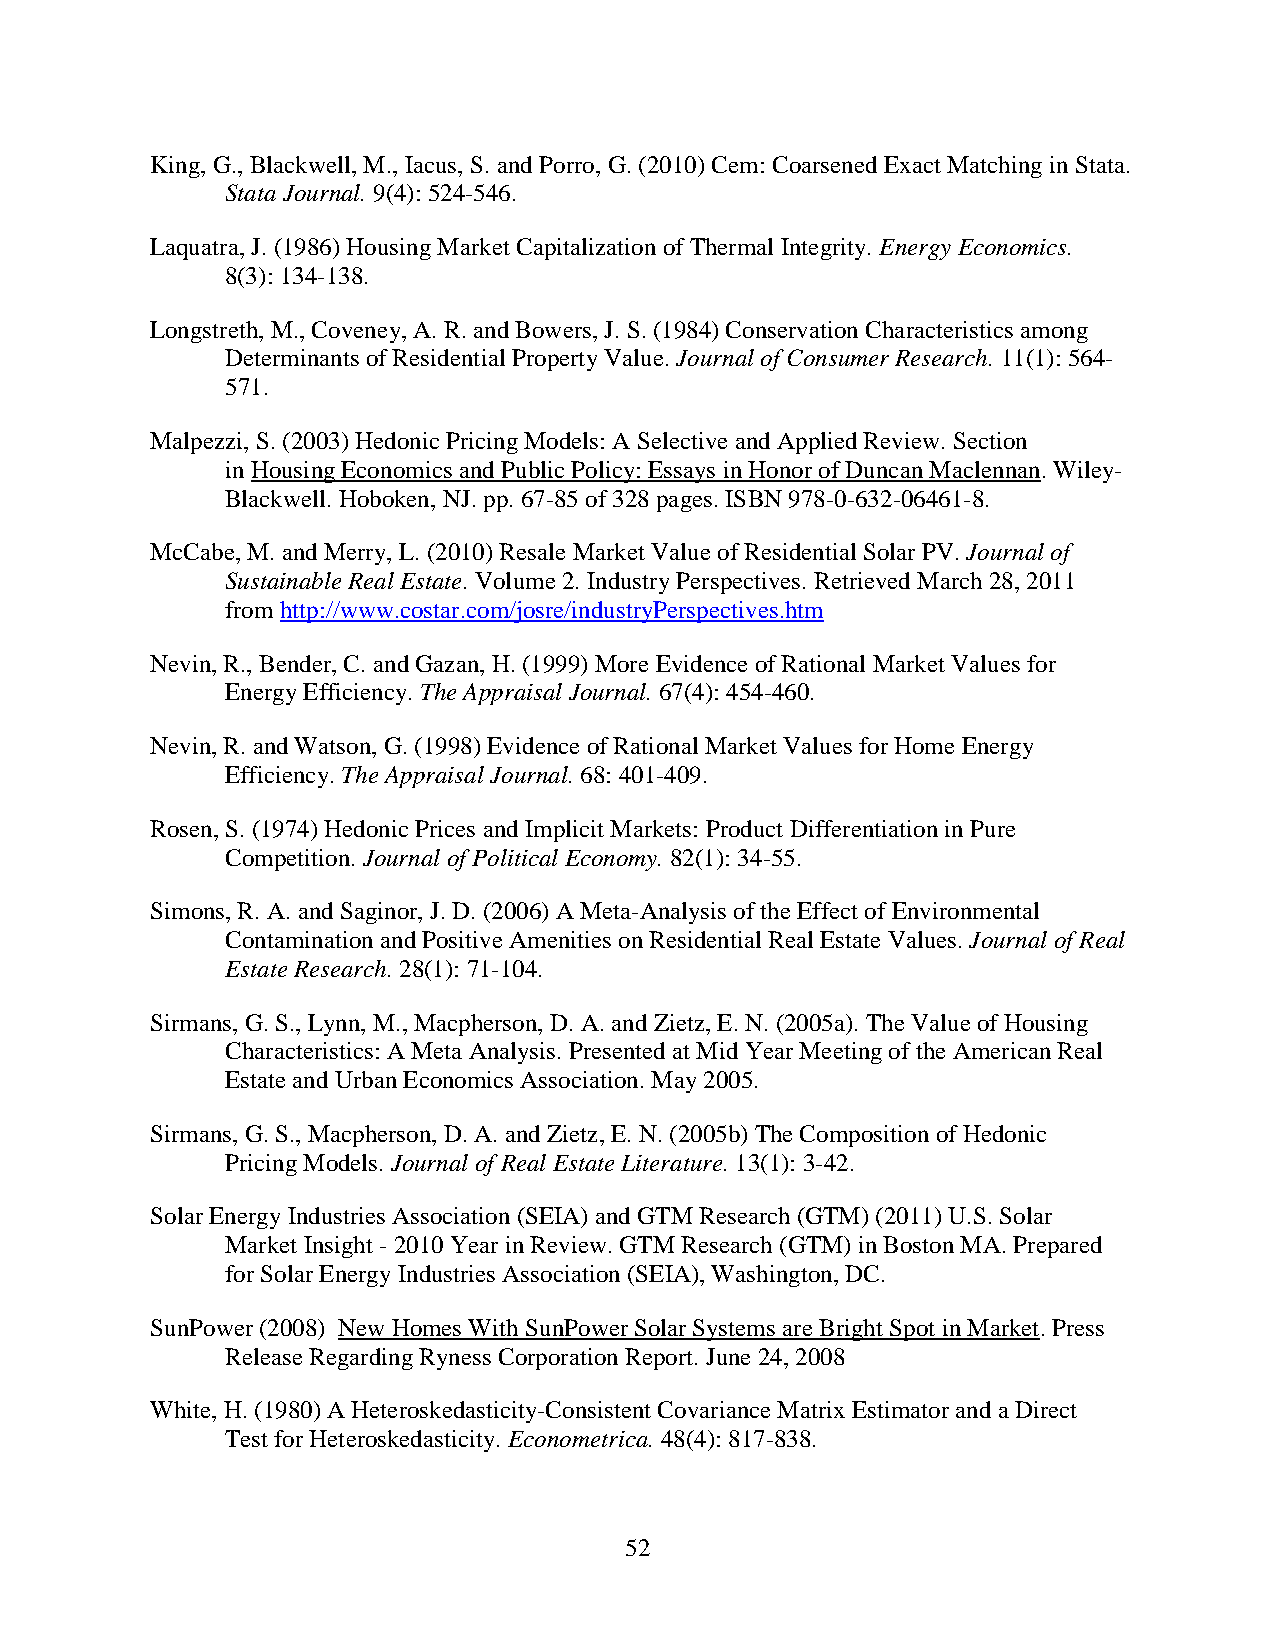
King, G., Blackwell, M., Iacus, S. and Porro, G. (2010) Cem: Coarsened Exact Matching in Stata.
 Stata Journal. 9(4): 524-546.
 Laquatra, J. (1986) Housing Market Capitalization of Thermal Integrity. Energy Economics.
 8(3): 134-138.
 Longstreth, M., Coveney, A. R. and Bowers, J. S. (1984) Conservation Characteristics among
 Determinants of Residential Property Value. Journal of Consumer Research. 11(1): 564-
 571.
 Malpezzi, S. (2003) Hedonic Pricing Models: A Selective and Applied Review. Section
 in Housing Economics and Public Policy: Essays in Honor of Duncan Maclennan. Wiley-
 Blackwell. Hoboken, NJ. pp. 67-85 of 328 pages. ISBN 978-0-632-06461-8.
 McCabe, M. and Merry, L. (2010) Resale Market Value of Residential Solar PV. Journal of
 Sustainable Real Estate. Volume 2. Industry Perspectives. Retrieved March 28, 2011
 from http://www.costar.com/josre/industryPerspectives.htm
 Nevin, R., Bender, C. and Gazan, H. (1999) More Evidence of Rational Market Values for
 Energy Efficiency. The Appraisal Journal. 67(4): 454-460.
 Nevin, R. and Watson, G. (1998) Evidence of Rational Market Values for Home Energy
 Efficiency. The Appraisal Journal. 68: 401-409.
 Rosen, S. (1974) Hedonic Prices and Implicit Markets: Product Differentiation in Pure
 Competition. Journal of Political Economy. 82(1): 34-55.
 Simons, R. A. and Saginor, J. D. (2006) A Meta-Analysis of the Effect of Environmental
 Contamination and Positive Amenities on Residential Real Estate Values. Journal of Real
 Estate Research. 28(1): 71-104.
 Sirmans, G. S., Lynn, M., Macpherson, D. A. and Zietz, E. N. (2005a). The Value of Housing
 Characteristics: A Meta Analysis. Presented at Mid Year Meeting of the American Real
 Estate and Urban Economics Association. May 2005.
 Sirmans, G. S., Macpherson, D. A. and Zietz, E. N. (2005b) The Composition of Hedonic
 Pricing Models. Journal of Real Estate Literature. 13(1): 3-42.
 Solar Energy Industries Association (SEIA) and GTM Research (GTM) (2011) U.S. Solar
 Market Insight - 2010 Year in Review. GTM Research (GTM) in Boston MA. Prepared
 for Solar Energy Industries Association (SEIA), Washington, DC.
 SunPower (2008) New Homes With SunPower Solar Systems are Bright Spot in Market. Press
 Release Regarding Ryness Corporation Report. June 24, 2008
 White, H. (1980) A Heteroskedasticity-Consistent Covariance Matrix Estimator and a Direct
 Test for Heteroskedasticity. Econometrica. 48(4): 817-838.
 52